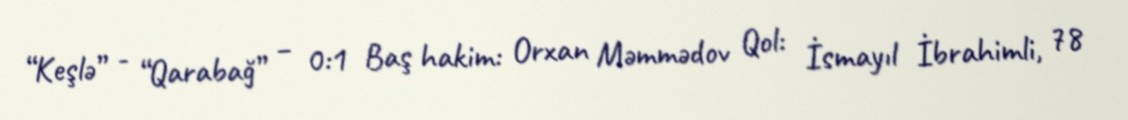
“Keşlə” - “Qarabağ” – 0:1 Baş hakim: Orxan Məmmədov Qol: İsmayıl İbrahimli, 78